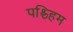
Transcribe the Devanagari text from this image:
पश्च्हिम